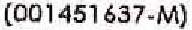
(001451637-M)